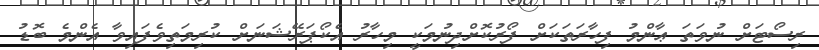
ރިސޯޓަށް ނުވަތަ ޢާންމު ފިހާރަތަކަށް ފޯރުކޮށްދިނުމަކީ މިހާރު އެކޯޕަރޭޝަނަށް ކުރިމަތިވެފައިވާ އެންމެ ބޮޑު